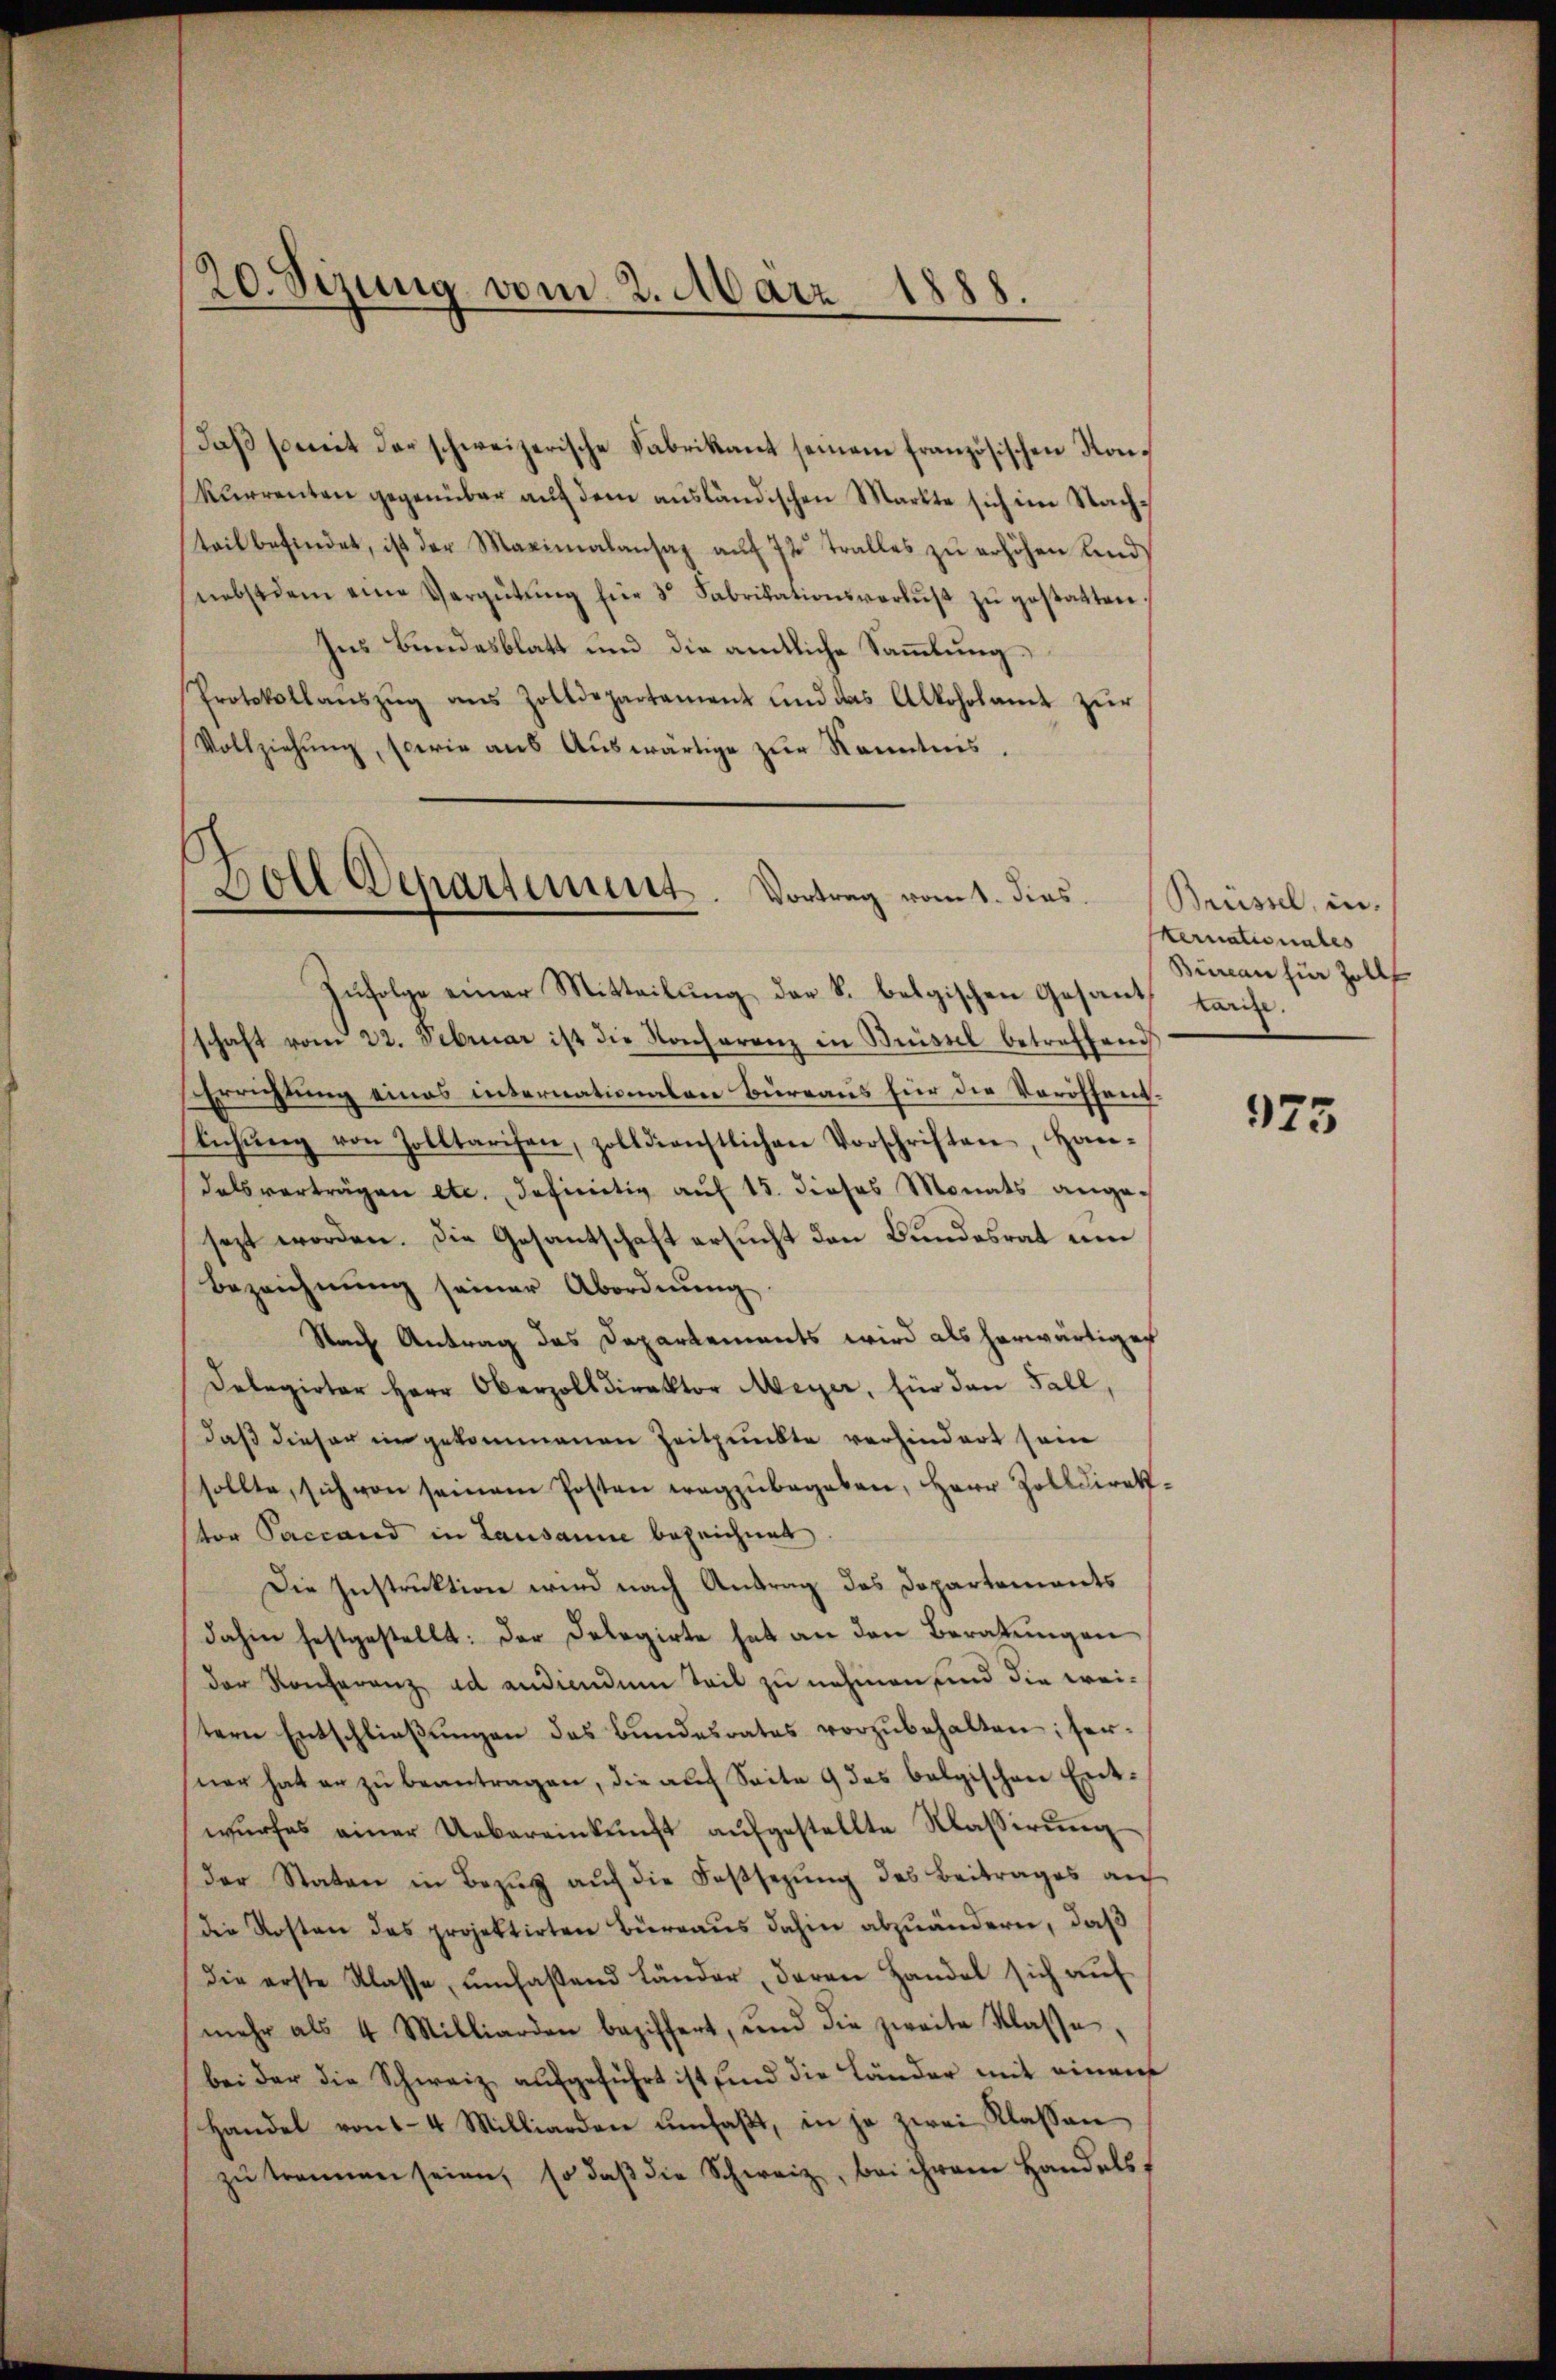
20. Sizung vom 2. März 1888.

Daß somit der schweizerische Fabrikant seinem französischen Konkurrenten gegenüber auf dem ausländischen Markte sich im Nachteil befindet, ist der Maximalansaz auf 72 Tralles zu erhöhen und
nebst dem eine Vergütŭng für 3. Fabrikationsverlŭβ zŭ gestatten
Ins Bundesblatt und die amtliche Sammlung¬
Protokollanszŭg ans Zolldepartement und das Alkoholamt zŭr
Vollziehŭng, sowie aŭs Aŭswärtige zŭr Kenntnis.

Doll Departement. Vortrag vom 1. dies

Zufolge einer Mitteilung der k. belgischen Gesant tarise.
schaft vom 22. Februar ist die Konferenz in Brüssel betreffend
Errichtung eines internationalen Bureaus für die Veröffentlichŭng von Zolltarifen, zolldienstlichen Vorschriften, Han-
dalsverträgen etc. definitiv auf 15. dieses Monats angesezt worden. Die Gesantschaft ersucht den Bundesrat um
Bezeichnung seiner Abordnung.
Nach Antrag das Departements wird als herwärtiges
Delegirter Herr Oberzolldirektor Meyer, für den Fall
daß dieser in gekommenen Zeitpunkte verhindert sein
sollte, sich von seinem Posten wegzŭbegeben, Herr Zolldirektor Pacrand in Lausanne bezeichnet
Die Instruktion wird nach Antrag das Departements
dahin festgestellt: der Delegirte hat an den Beratungen
der Konferenz ad andiendum Teil zu nehmen, und die weitern Entschließungen des Bundesrates vorzubehalten; ferner hat er zŭ beantragen, die auf Seite 9 des belgischen Entwŭrfes einer Uebereinkunft aŭfgestellte Klasserŭng
der Staten in Bezŭg aŭf die Fassezung des Beitrages auf
die Kosten das projektirten Büreaus dahin abzuändern, daß
die erste Klasse, ŭmfassend Länder, deren Handel sich aŭf
mehr als 4 Milliarden beziffert, und die zweite Klasse,
bei der die Schweiz aufgeführt ist sind die Länder mit einen
Handel von 14 Milliarden umfaβt, in je zwei Klassen
zŭ trennen seien, so daβ die Schweiz, bei ihrem Handels,

Brüssel, in
kernationales
Bureau für Zoll

973